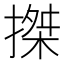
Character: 搩